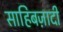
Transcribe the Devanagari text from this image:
साहिबज़ादी